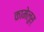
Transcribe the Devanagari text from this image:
कामेलूस्